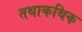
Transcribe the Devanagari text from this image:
तथाकथिक